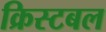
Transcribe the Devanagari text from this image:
क्रिस्टबल